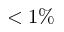
< 1 \%